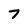
Character: 7